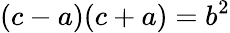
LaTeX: (c-a)(c+a)=b^{2}